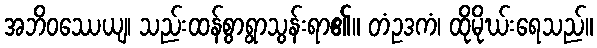
အဘိဝဿေယျ၊ သည်းထန်စွာရွာသွန်းရာ၏။ တံဥဒကံ၊ ထိုမိုဃ်းရေသည်။